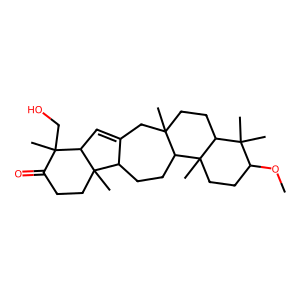
SMILES: COC1CCC2(C)C3CCC4C(=CC5C(C)(CO)C(=O)CCC45C)CC3(C)CCC2C1(C)C
Inhibits HIV replication: No